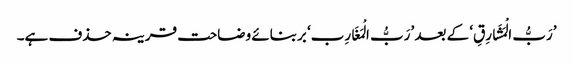
’رَبُّ الْمَشَارِقِ‘ کے بعد ’رَبُّ الْمَغَارِب‘ بربنائے وضاحت قرینہ حذف ہے۔